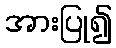
အားပြု၍